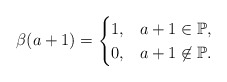
\begin{align*}\beta(a + 1) = \begin{cases} 1, & a + 1 \in \mathbb{P},\\ 0, & a + 1 \not \in \mathbb{P}. \end{cases}\end{align*}